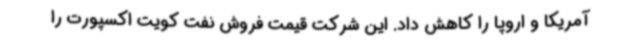
آمریکا و اروپا را کاهش داد. این شرکت قیمت فروش نفت کویت اکسپورت را